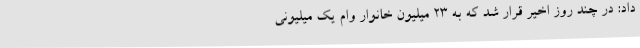
داد: در چند روز اخیر قرار شد که به 23 میلیون خانوار وام یک میلیونی